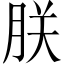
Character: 朕